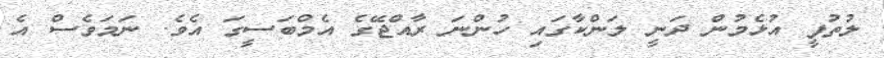
ލުތުފީ އުޅެމުން ދަނީ ލަންކާގައި ހުންނަ ރާއްޖޭގެ އެމްބަސީގަ އެވެ. ނަމަވެސް އެ